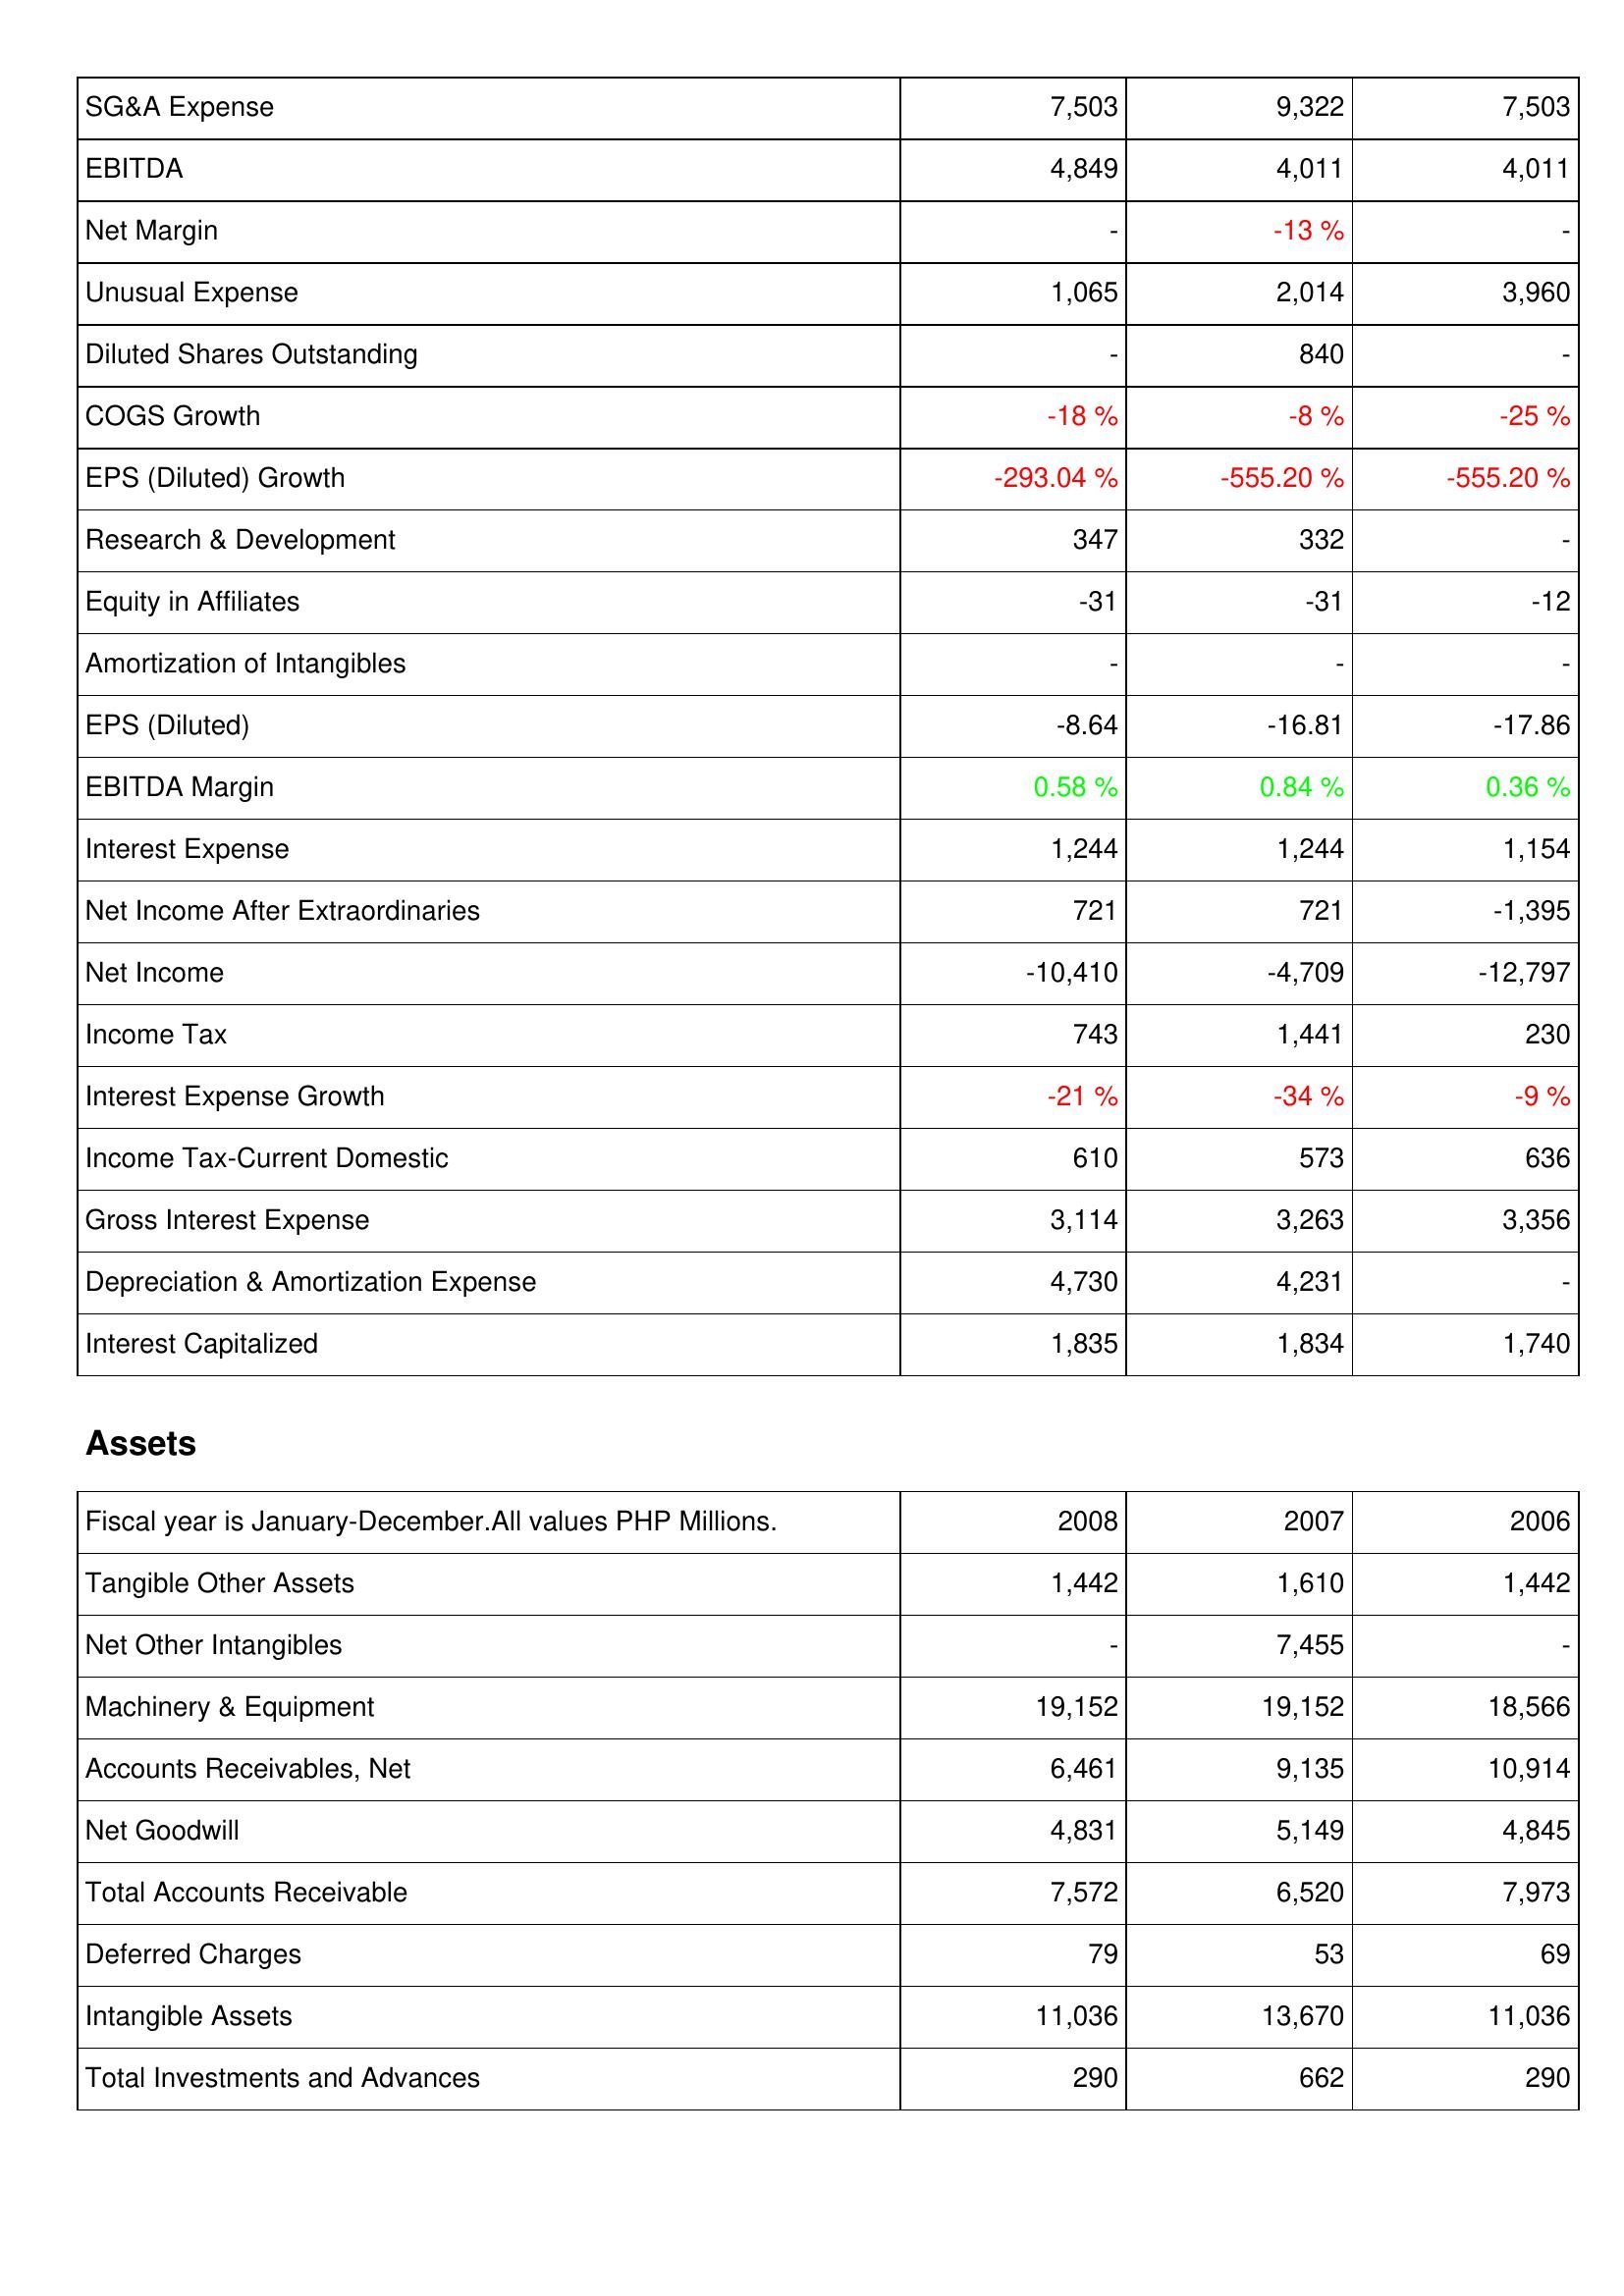
2008: Income Statement: SG&A Expense: 7,503
EBITDA: 4,849
Net Margin: -
Unusual Expense: 1,065
Diluted Shares Outstanding: -
COGS Growth: -18 %
EPS (Diluted) Growth: -293.04 %
Research & Development: 347
Equity in Affiliates: -31
Amortization of Intangibles: -
EPS (Diluted): -8.64
EBITDA Margin: 0.58 %
Interest Expense: 1,244
Net Income After Extraordinaries: 721
Net Income: -10,410
Income Tax: 743
Interest Expense Growth: -21 %
Income Tax-Current Domestic: 610
Gross Interest Expense: 3,114
Depreciation & Amortization Expense: 4,730
Interest Capitalized: 1,835
Assets: Tangible Other Assets: 1,442
Net Other Intangibles: -
Machinery & Equipment: 19,152
Accounts Receivables, Net: 6,461
Net Goodwill: 4,831
Total Accounts Receivable: 7,572
Deferred Charges: 79
Intangible Assets: 11,036
Total Investments and Advances: 290
2007: Income Statement: SG&A Expense: 9,322
EBITDA: 4,011
Net Margin: -13 %
Unusual Expense: 2,014
Diluted Shares Outstanding: 840
COGS Growth: -8 %
EPS (Diluted) Growth: -555.20 %
Research & Development: 332
Equity in Affiliates: -31
Amortization of Intangibles: -
EPS (Diluted): -16.81
EBITDA Margin: 0.84 %
Interest Expense: 1,244
Net Income After Extraordinaries: 721
Net Income: -4,709
Income Tax: 1,441
Interest Expense Growth: -34 %
Income Tax-Current Domestic: 573
Gross Interest Expense: 3,263
Depreciation & Amortization Expense: 4,231
Interest Capitalized: 1,834
Assets: Tangible Other Assets: 1,610
Net Other Intangibles: 7,455
Machinery & Equipment: 19,152
Accounts Receivables, Net: 9,135
Net Goodwill: 5,149
Total Accounts Receivable: 6,520
Deferred Charges: 53
Intangible Assets: 13,670
Total Investments and Advances: 662
2006: Income Statement: SG&A Expense: 7,503
EBITDA: 4,011
Net Margin: -
Unusual Expense: 3,960
Diluted Shares Outstanding: -
COGS Growth: -25 %
EPS (Diluted) Growth: -555.20 %
Research & Development: -
Equity in Affiliates: -12
Amortization of Intangibles: -
EPS (Diluted): -17.86
EBITDA Margin: 0.36 %
Interest Expense: 1,154
Net Income After Extraordinaries: -1,395
Net Income: -12,797
Income Tax: 230
Interest Expense Growth: -9 %
Income Tax-Current Domestic: 636
Gross Interest Expense: 3,356
Depreciation & Amortization Expense: -
Interest Capitalized: 1,740
Assets: Tangible Other Assets: 1,442
Net Other Intangibles: -
Machinery & Equipment: 18,566
Accounts Receivables, Net: 10,914
Net Goodwill: 4,845
Total Accounts Receivable: 7,973
Deferred Charges: 69
Intangible Assets: 11,036
Total Investments and Advances: 290